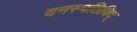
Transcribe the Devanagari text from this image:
वनस्पतिविद्